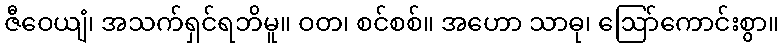
ဇီဝေယျံ၊ အသက်ရှင်ရဘိမူ။ ဝတ၊ စင်စစ်။ အဟော သာဓု၊ ဩော်ကောင်းစွာ။